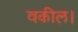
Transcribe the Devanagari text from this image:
वकील।